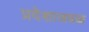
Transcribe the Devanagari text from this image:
प्रदेशाजवळ